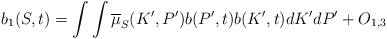
\begin{align*}b_{1}(S,t)=\int \int \overline{\mu }_{S}(K^{\prime },P^{\prime })b(P^{\prime},t)b(K^{\prime },t)dK^{\prime }dP^{\prime }+O_{1,3} \end{align*}